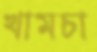
খামচা